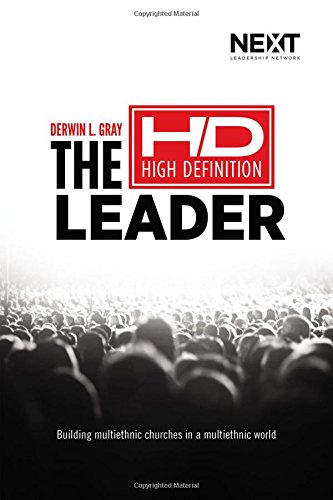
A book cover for The High Definition Leader: Building Multiethnic Churches in a Multiethnic World; Derwin L. Gray; Christian Books & Bibles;